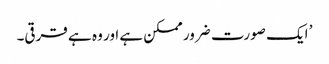
’ ایک صورت ضرور ممکن ہے اور وہ ہے قرقی۔